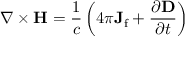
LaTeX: \nabla \times \mathbf { H } = { \frac { 1 } { c } } \left( 4 \pi \mathbf { J } _ { \mathrm { f } } + { \frac { \partial \mathbf { D } } { \partial t } } \right)